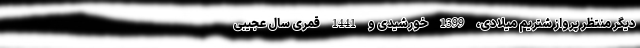
دیگر منتظر پرواز شتریم میلادی، 1399 خورشیدی و 1441 قمری سال عجیبی